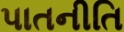
પાતનીતિ